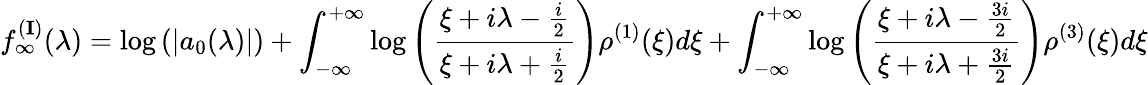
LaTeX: f_{\infty}^{({\mathbf I})}(\lambda)=\log\left(|a_{0}(\lambda)|\right)+\int_{-\infty}^{+\infty}\log\left(\frac{\xi+i\lambda-\frac{i}{2}}{\xi+i\lambda+\frac{i}{2}}\right)\rho^{(1)}(\xi)d\xi+\int_{-\infty}^{+\infty}\log\left(\frac{\xi+i\lambda-\frac{3i}{2}}{\xi+i\lambda+\frac{3i}{2}}\right)\rho^{(3)}(\xi)d\xi